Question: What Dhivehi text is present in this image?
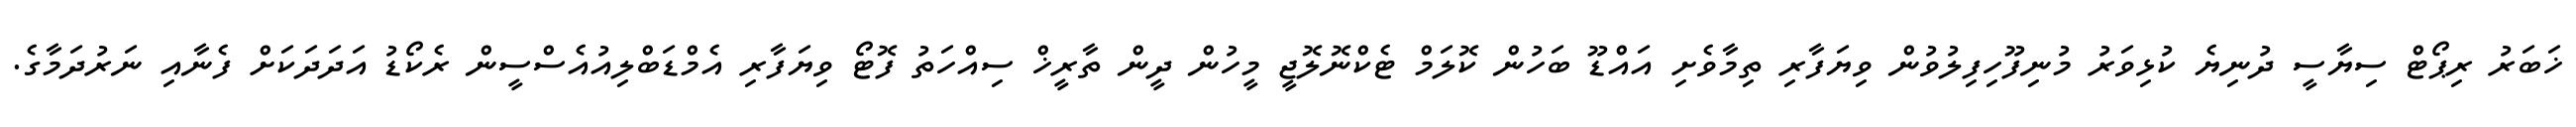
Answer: ޚަބަރު ރިޕޯޓް ސިޔާސީ ދުނިޔެ ކުޅިވަރު މުނިފޫހިފިލުވުން ވިޔަފާރި ތިމާވެށި އައްޑޫ ބަހުން ކޮލަމް ޓެކްނޮލޮޖީ މީހުން ދީން ތާރީޚް ސިއްހަތު ފޮޓޯ ވިޔަފާރި އެމްޑަބްލިއުއެސްސީން ރެކޯޑު އަދަދަކަށް ފެނާއި ނަރުދަމާގެ.